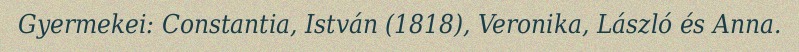
Gyermekei: Constantia, István (1818), Veronika, László és Anna.